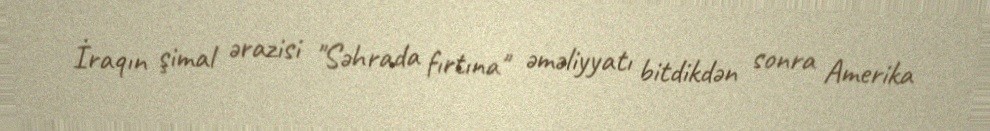
İraqın şimal ərazisi "Səhrada fırtına" əməliyyatı bitdikdən sonra Amerika